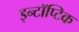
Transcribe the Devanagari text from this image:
इन्टॉप्टिक